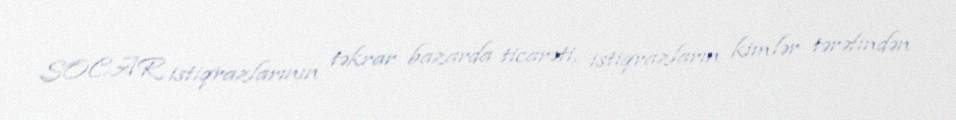
SOCAR istiqrazlarının təkrar bazarda ticarəti, istiqrazların kimlər tərəfindən